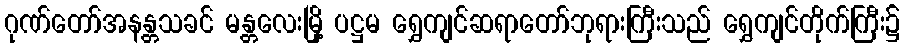
ဂုဏ်တော်အနန္တသခင် မန္တလေးမြို့ ပဋ္ဌမ ရွှေကျင်ဆရာတော်ဘုရားကြီးသည် ရွှေကျင်တိုက်ကြီး၌